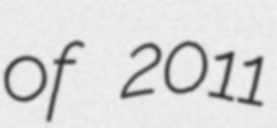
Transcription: of 2011